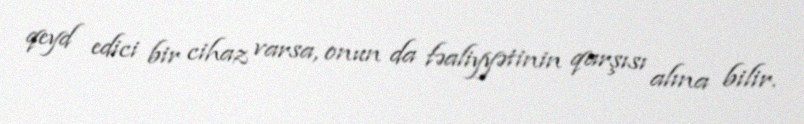
qeyd edici bir cihaz varsa, onun da fəaliyyətinin qarşısı alına bilir.